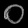
Digit: ၀